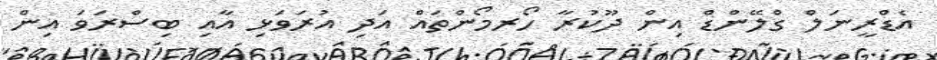
އެޑްރީނަލް ގްލޭންޑް އިން ދޫކުރާ ހޯރމޯންތައް އަދި އުރަވަޅި އާއި ބިސްރަވަ އިން